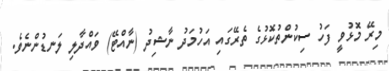
މިރޭ މޮޅުވީ ފަހު ސިކުންތުކޮޅުގެ ތެރޭގައި އަހުމަދު ނާޝިދު (ނާއްޓޭ) ވައްދާލި ލަނޑުންނެވެ.